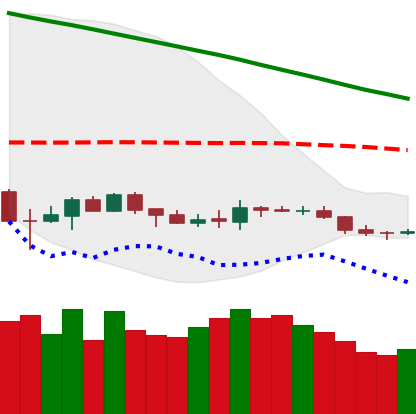
Ticker: BNB-USD
Chart end date: 2019-12-13
Forward return: -9.03%
Label: down_7plus